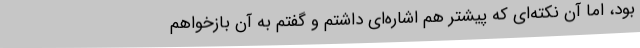
بود، اما آن نکته‌ای که پیشتر هم اشاره‌ای داشتم و گفتم به آن بازخواهم